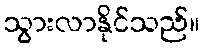
သွားလာနိုင်သည်။